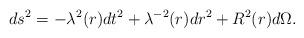
LaTeX: \begin{align*}ds^2 = - {\lambda}^2(r) dt^2 + {\lambda}^{-2}(r) dr^2 + R^2(r) d{\Omega} .\end{align*}